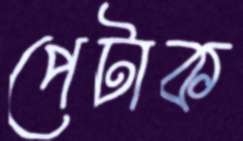
পেটাক